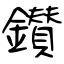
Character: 鑚